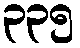
၃၃၅